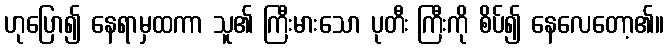
ဟုပြော၍ နေရာမှထကာ သူ၏ ကြီးမားသော ပုတီး ကြီးကို စိပ်၍ နေလေတော့၏။